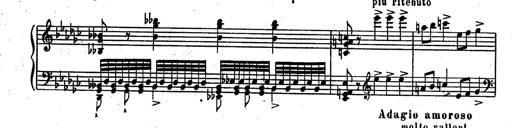
Title: RÃ©miniscences des Huguenots
Composer: Franz Liszt